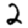
Digit: 2